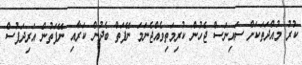
ކުރު މުއްދަތަކަށް ސައިނަސް ޖެހުން ކުރިމަތިވެއްޖެނަމަ ނޭފަތް ބެދުން ކަރާއި ނޭފަތުން އަރިދަފުސް